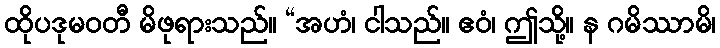
ထိုပဒုမဝတီ မိဖုရားသည်။ “အဟံ၊ ငါသည်။ ဧဝံ၊ ဤသို့။ န ဂမိဿာမိ၊